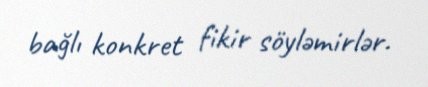
bağlı konkret fikir söyləmirlər.